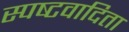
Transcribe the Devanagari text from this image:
स्‍पष्‍टवादिता